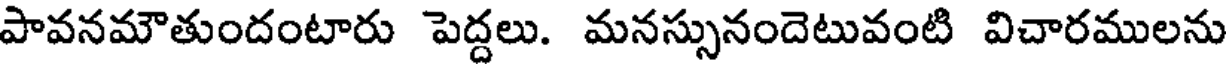
పావనమౌతుందంటారు పెద్దలు. మనస్సునందెటువంటి విచారములను